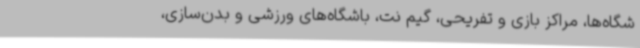
شگاه‌ها، مراکز بازی و تفریحی، گیم نت، باشگاه‌های ورزشی و بدن‌سازی،